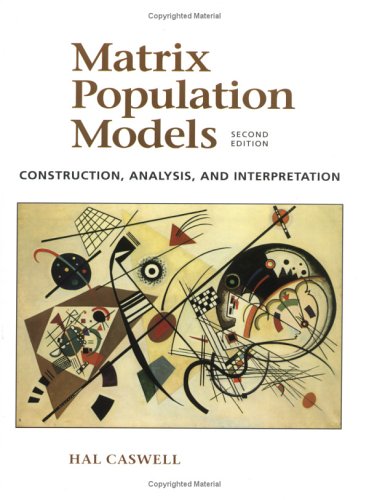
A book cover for Matrix Population Models; Hal Caswell; Science & Math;